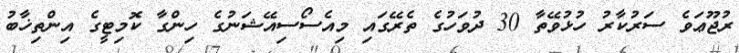
ރުޖޫޢަވެ ސަރުކާރު ހުޅުވޭތާ 30 ދުވަހުގެ ތެރޭގައި މިއެސޯސިއޭޝަނުގެ ހިންގާ ކޮމިޓީގެ އިންތިޚާބު